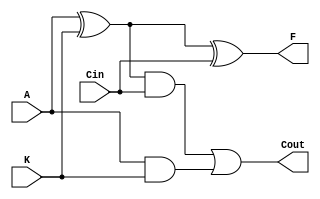
module f_add (
  input A, K, Cin,
  output Cout, F
);

  wire w1, w2, w3;

  // Sum
  xor U1A ( w1, A, K );
  xor U1B ( F, w1, Cin );

  // Cout
  and U2A ( w2, A, K );
  and U2B ( w3, w1, Cin );
  or U3A ( Cout, w3, w2 );

endmodule